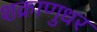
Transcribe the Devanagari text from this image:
शक्राणुधर